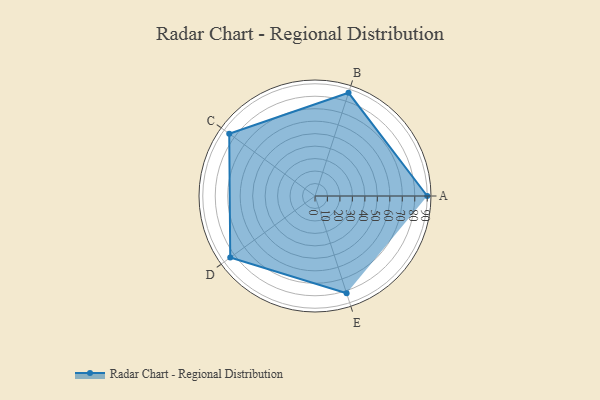
{"axis": {"x": "Skill", "y": "Score"}, "legend": ["Profile"], "data": [{"x": "A", "y": 90.0, "type": "Profile"}, {"x": "B", "y": 87.0, "type": "Profile"}, {"x": "C", "y": 85.0, "type": "Profile"}, {"x": "D", "y": 84.0, "type": "Profile"}, {"x": "E", "y": 82.0, "type": "Profile"}]}